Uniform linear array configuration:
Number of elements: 16
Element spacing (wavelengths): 0.25
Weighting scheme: uniform
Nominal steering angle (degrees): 0
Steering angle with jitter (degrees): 1.913
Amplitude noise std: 0.05
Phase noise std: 0.05

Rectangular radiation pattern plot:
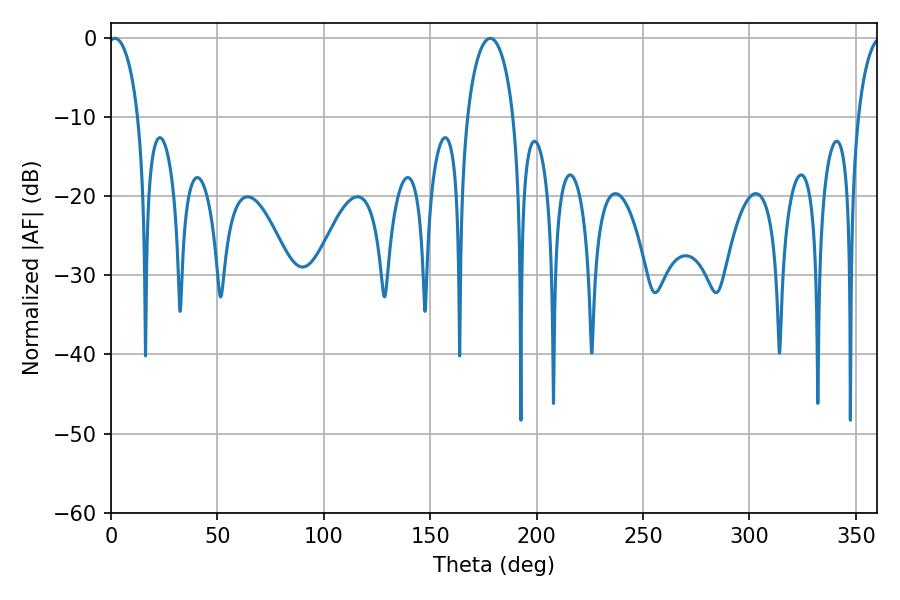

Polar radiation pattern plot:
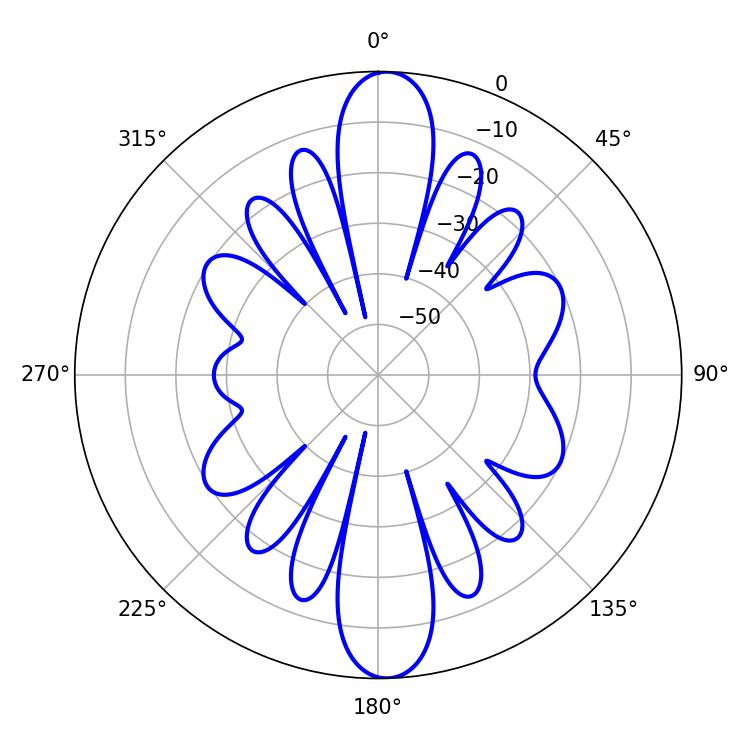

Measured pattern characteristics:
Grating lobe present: FALSE
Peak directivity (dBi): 20.622
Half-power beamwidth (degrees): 8.1
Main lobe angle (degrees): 1.8